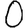
Digit: 0